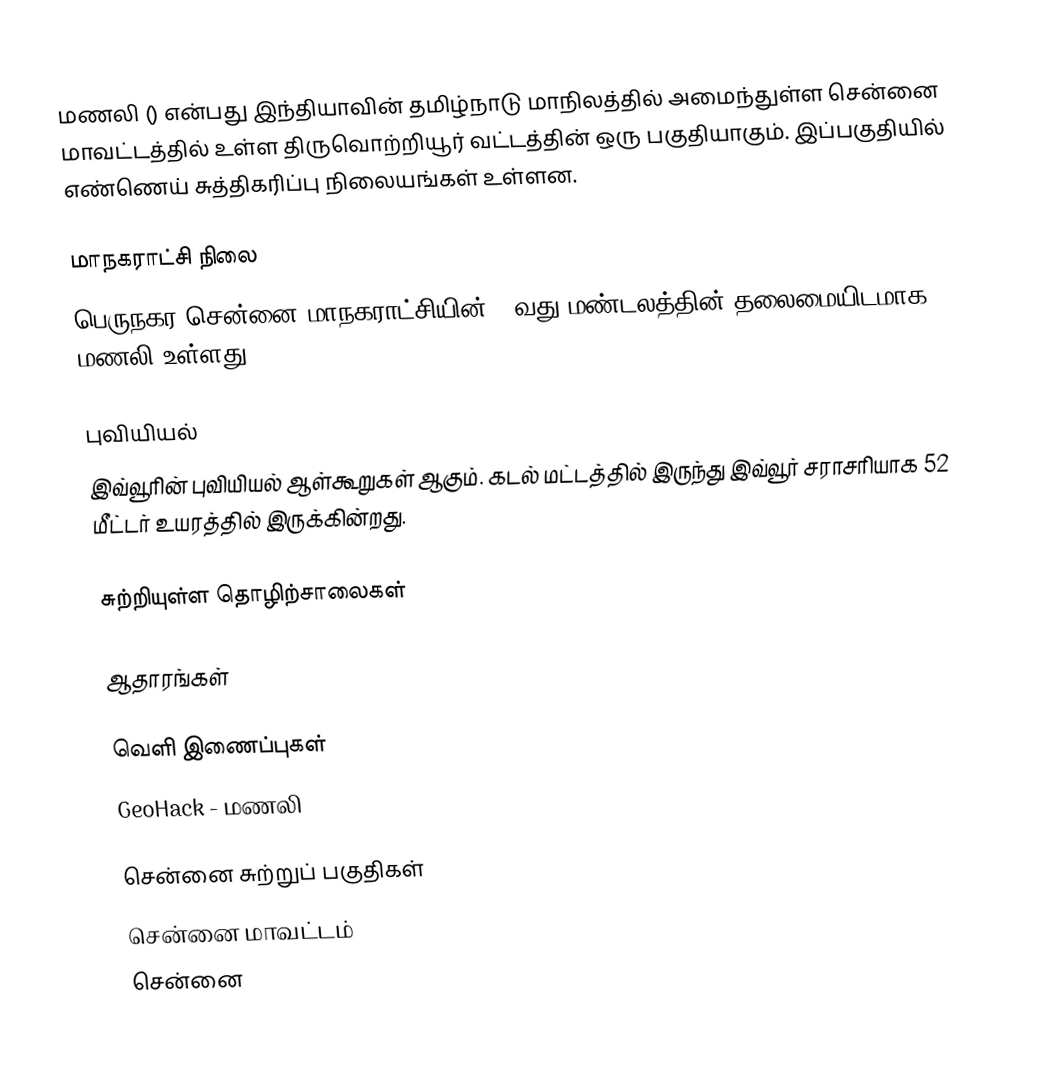
மணலி () என்பது இந்தியாவின் தமிழ்நாடு மாநிலத்தில் அமைந்துள்ள சென்னை மாவட்டத்தில் உள்ள திருவொற்றியூர் வட்டத்தின் ஒரு பகுதியாகும். இப்பகுதியில் எண்ணெய் சுத்திகரிப்பு நிலையங்கள் உள்ளன.

மாநகராட்சி நிலை
பெருநகர சென்னை மாநகராட்சியின் 2-வது மண்டலத்தின் தலைமையிடமாக மணலி  உள்ளது.

புவியியல்
இவ்வூரின் புவியியல் ஆள்கூறுகள்  ஆகும். கடல் மட்டத்தில் இருந்து இவ்வூர் சராசரியாக 52 மீட்டர் உயரத்தில் இருக்கின்றது.

சுற்றியுள்ள தொழிற்சாலைகள்

ஆதாரங்கள்

வெளி இணைப்புகள்
 GeoHack - மணலி

சென்னை சுற்றுப் பகுதிகள்
சென்னை மாவட்டம்
சென்னை